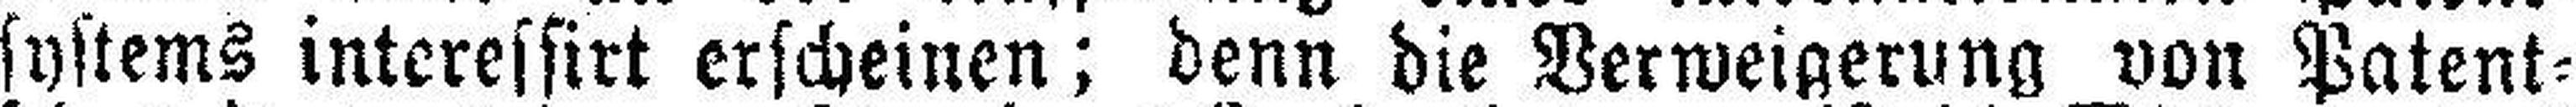
systems interessirt erscheinen; denn die Verweigerung von Patent¬